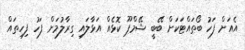
އެއަށް ފަހު ބޯތައްޓަކަށް ބޭބީ ޝޭމްޕޫ ކޮޅެއް އަޅާލައި ގިރާލުމަށް ފަހު ފިހިތައް